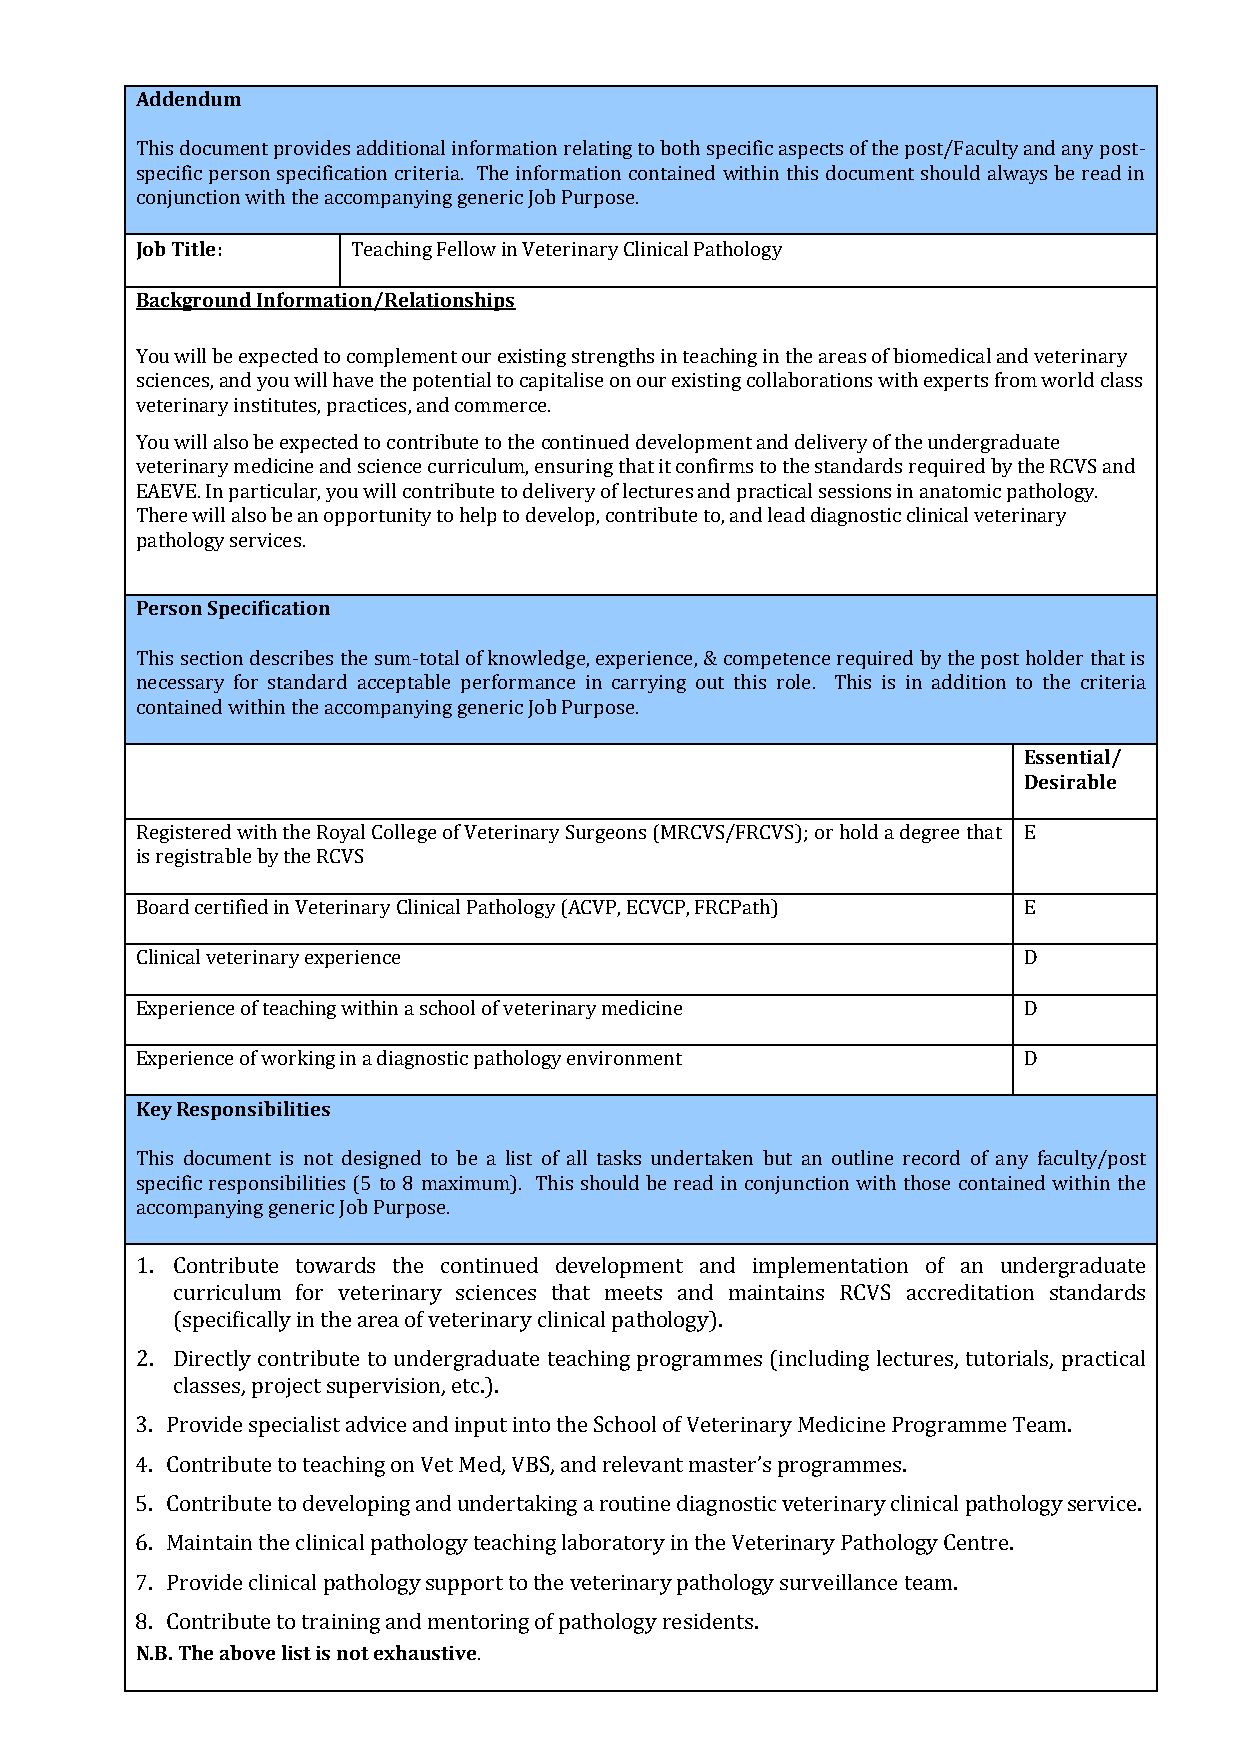
Addendum
 This document provides additional information relating to both specific aspects of the post/Faculty and any post-
 specific person specification criteria. The information contained within this document should always be read in
 conjunction with the accompanying generic Job Purpose.
 Job Title:    Teaching Fellow in Veterinary Clinical Pathology
 Background Information/Relationships
 You will be expected to complement our existing strengths in teaching in the areas of biomedical and veterinary
 sciences, and you will have the potential to capitalise on our existing collaborations with experts from world class
 veterinary institutes, practices, and commerce.
 You will also be expected to contribute to the continued development and delivery of the undergraduate
 veterinary medicine and science curriculum, ensuring that it confirms to the standards required by the RCVS and
 EAEVE. In particular, you will contribute to delivery of lectures and practical sessions in anatomic pathology.
 There will also be an opportunity to help to develop, contribute to, and lead diagnostic clinical veterinary
 pathology services.
 Person Specification
 This section describes the sum-total of knowledge, experience, & competence required by the post holder that is
 necessary for standard acceptable performance in carrying out this role. This is in addition to the criteria
 contained within the accompanying generic Job Purpose.
 Essential/
 Desirable
 Registered with the Royal College of Veterinary Surgeons (MRCVS/FRCVS); or hold a degree that E
 is registrable by the RCVS
 Board certified in Veterinary Clinical Pathology (ACVP, ECVCP, FRCPath) E
 Clinical veterinary experience                             D
 Experience of teaching within a school of veterinary medicine D
 Experience of working in a diagnostic pathology environment D
 Key Responsibilities
 This document is not designed to be a list of all tasks undertaken but an outline record of any faculty/post
 specific responsibilities (5 to 8 maximum). This should be read in conjunction with those contained within the
 accompanying generic Job Purpose.
 1. Contribute towards the continued development and implementation of an undergraduate
 curriculum for veterinary sciences that meets and maintains RCVS accreditation standards
 (specifically in the area of veterinary clinical pathology).
 2. Directly contribute to undergraduate teaching programmes (including lectures, tutorials, practical
 classes, project supervision, etc.).
 3. Provide specialist advice and input into the School of Veterinary Medicine Programme Team.
 4. Contribute to teaching on Vet Med, VBS, and relevant master’s programmes.
 5. Contribute to developing and undertaking a routine diagnostic veterinary clinical pathology service.
 6. Maintain the clinical pathology teaching laboratory in the Veterinary Pathology Centre.
 7. Provide clinical pathology support to the veterinary pathology surveillance team.
 8. Contribute to training and mentoring of pathology residents.
 N.B. The above list is not exhaustive.